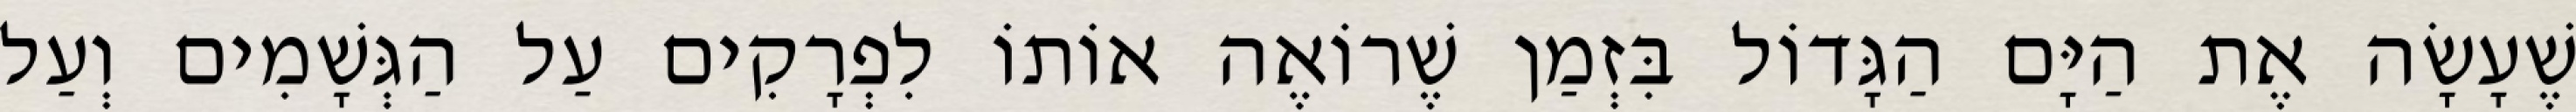
שֶׁעָשָׂה אֶת הַיָּם הַגָּדוֹל בִּזְמַן שֶׁרוֹאֶה אוֹתוֹ לִפְרָקִים עַל הַגְּשָׁמִים וְעַל